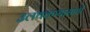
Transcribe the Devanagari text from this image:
उलथवण्यासाठी